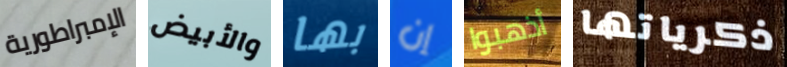
الإمبراطورية والأبيض بها إن أذهبوا ذكرياتها